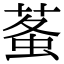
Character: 𧊮